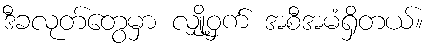
ဒီခလုတ်တွေမှာ လျှို့ဝှက် အစီအမံရှိတယ်။